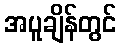
အပူချိန်တွင်